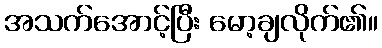
အသက်အောင့်ပြီး မော့ချလိုက်၏။